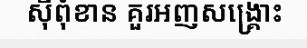
ស៊ីពុំខាន គួរអញសង្គ្រោះ